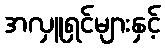
အလှူရှင်များနှင့်